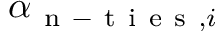
\alpha _ { \mathrm { ~ n ~ - ~ t ~ i ~ e ~ s ~ } , i }